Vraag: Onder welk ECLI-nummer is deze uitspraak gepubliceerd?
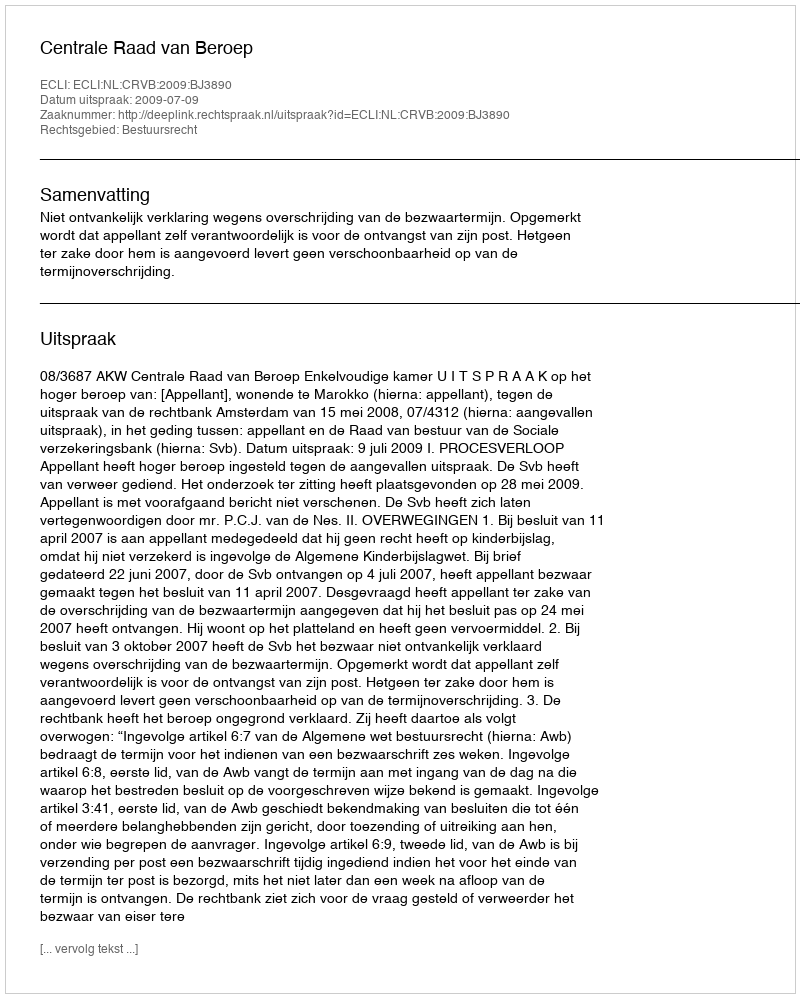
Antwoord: ECLI:NL:CRVB:2009:BJ3890